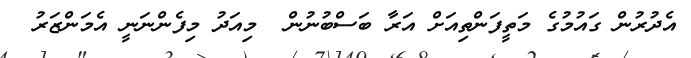
އެދުރުން ގައުމުގެ މަތީފަންތިއަށް އަރާ ބަސްބުނުން  މިއަދު މިފެންނަނީ އެމަންޒަރު